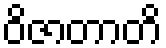
ဝိဇာတာတိ